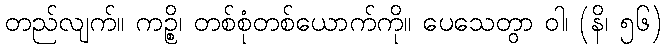
တည်လျက်။ ကဉ္စိ၊ တစ်စုံတစ်ယောက်ကို။ ပေသေတွာ ဝါ၊ (နိ၊ ၅၆)